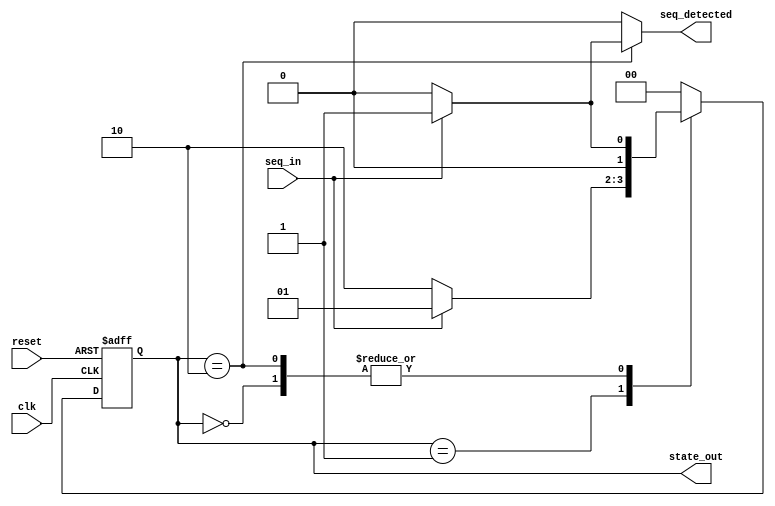
module seq_101_overlap (clk,reset,seq_in,seq_detected,state_out);

input clk, reset, seq_in;
output reg seq_detected;
output [1:0] state_out;

    
//Declare the state values as parameters
parameter S1 = 2'd0;
parameter S10 = 2'd1;
parameter S101 = 2'd2;

//Declare the logic for state machine
reg [1:0] state;                        //the sequential part
reg [1:0] next_state;                   //the combinational part

//Next State Logic
always @(*) begin
    
            seq_detected = 1'b0;
            case (state)
                S1: begin
                        if(seq_in == 1)
                            next_state = S10;
                        else
                            next_state = S1;
                end 

                S10: begin
                        if(seq_in == 0)
                            next_state = S101;
                        else    
                            next_state = S10; 
                end

                S101: begin
                        
                        if(seq_in == 1) begin
                            seq_detected = 1'b1;
                            next_state = S10;
                        end
                        else
                            next_state = S1;
                end 

                default: next_state = S1; 
            endcase
end

//State Sequencer Logic
always @(posedge clk or negedge reset) begin

        if (!reset)
            state <= S1;
        else
            state <= next_state;
    
end

assign state_out = state;           //connect with the output port
endmodule